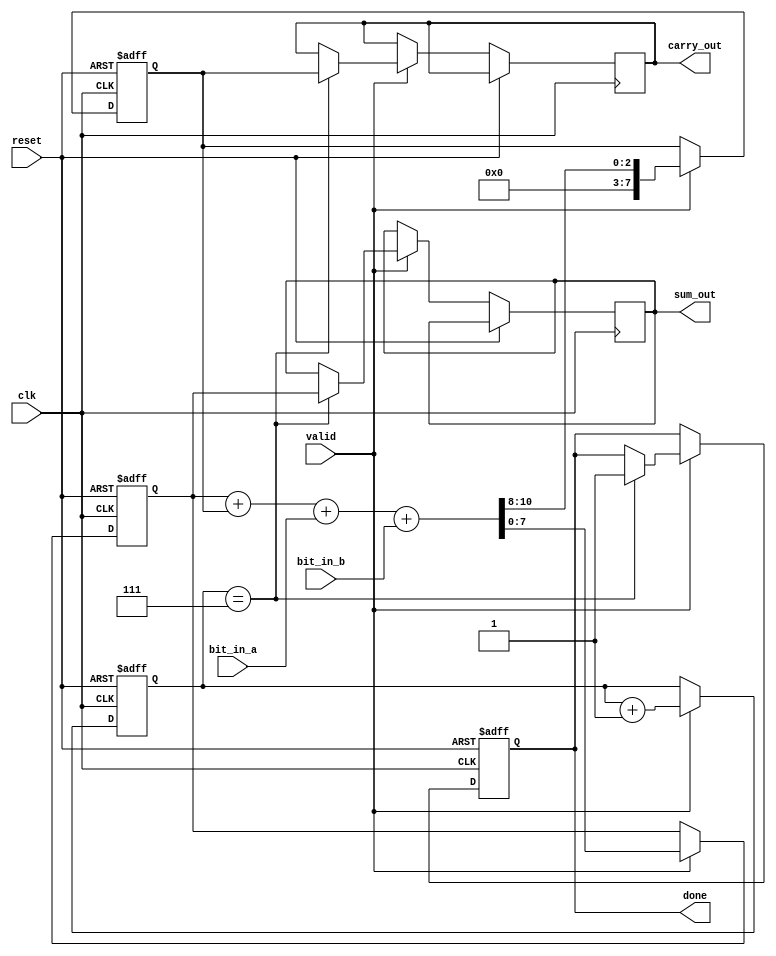
module CarrySaveAdder (
    input wire clk,            // Clock signal
    input wire reset,          // Reset signal
    input wire valid,          // Valid signal indicating new bit is available
    input wire bit_in_a,       // Serial input bit from operand A
    input wire bit_in_b,       // Serial input bit from operand B
    output reg [N-1:0] sum_out, // Final sum output
    output reg [N-1:0] carry_out, // Final carry output
    output reg done           // Signal indicating operation is complete
);

parameter N = 8; // Number of bits in the operands
reg [N-1:0] sum;   // Intermediate sum register
reg [N-1:0] carry; // Intermediate carry register
reg [3:0] count;   // Bit counter

// Initialize registers
always @(posedge clk or posedge reset) begin
    if (reset) begin
        sum <= 0;
        carry <= 0;
        count <= 0;
        done <= 0;
    end else if (valid) begin
        // Calculate new sum and carry
        {carry, sum} <= {1'b0, sum} + {1'b0, carry} + {1'b0, bit_in_a} + {1'b0, bit_in_b};

        // Increment bit counter
        count <= count + 1;

        // Check if all bits have been processed
        if (count == N-1) begin
            done <= 1; // Indicate processing is complete
            sum_out <= sum;   // Output final sum
            carry_out <= carry; // Output final carry
        end
    end
end

endmodule